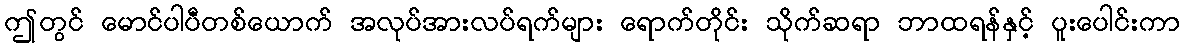
ဤတွင် မောင်ပါပီတစ်ယောက် အလုပ်အားလပ်ရက်များ ရောက်တိုင်း သိုက်ဆရာ ဘာထရန်နှင့် ပူးပေါင်းကာ